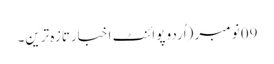
09 نومبر (اُردو پوائنٹ اخبارتازہ ترین۔